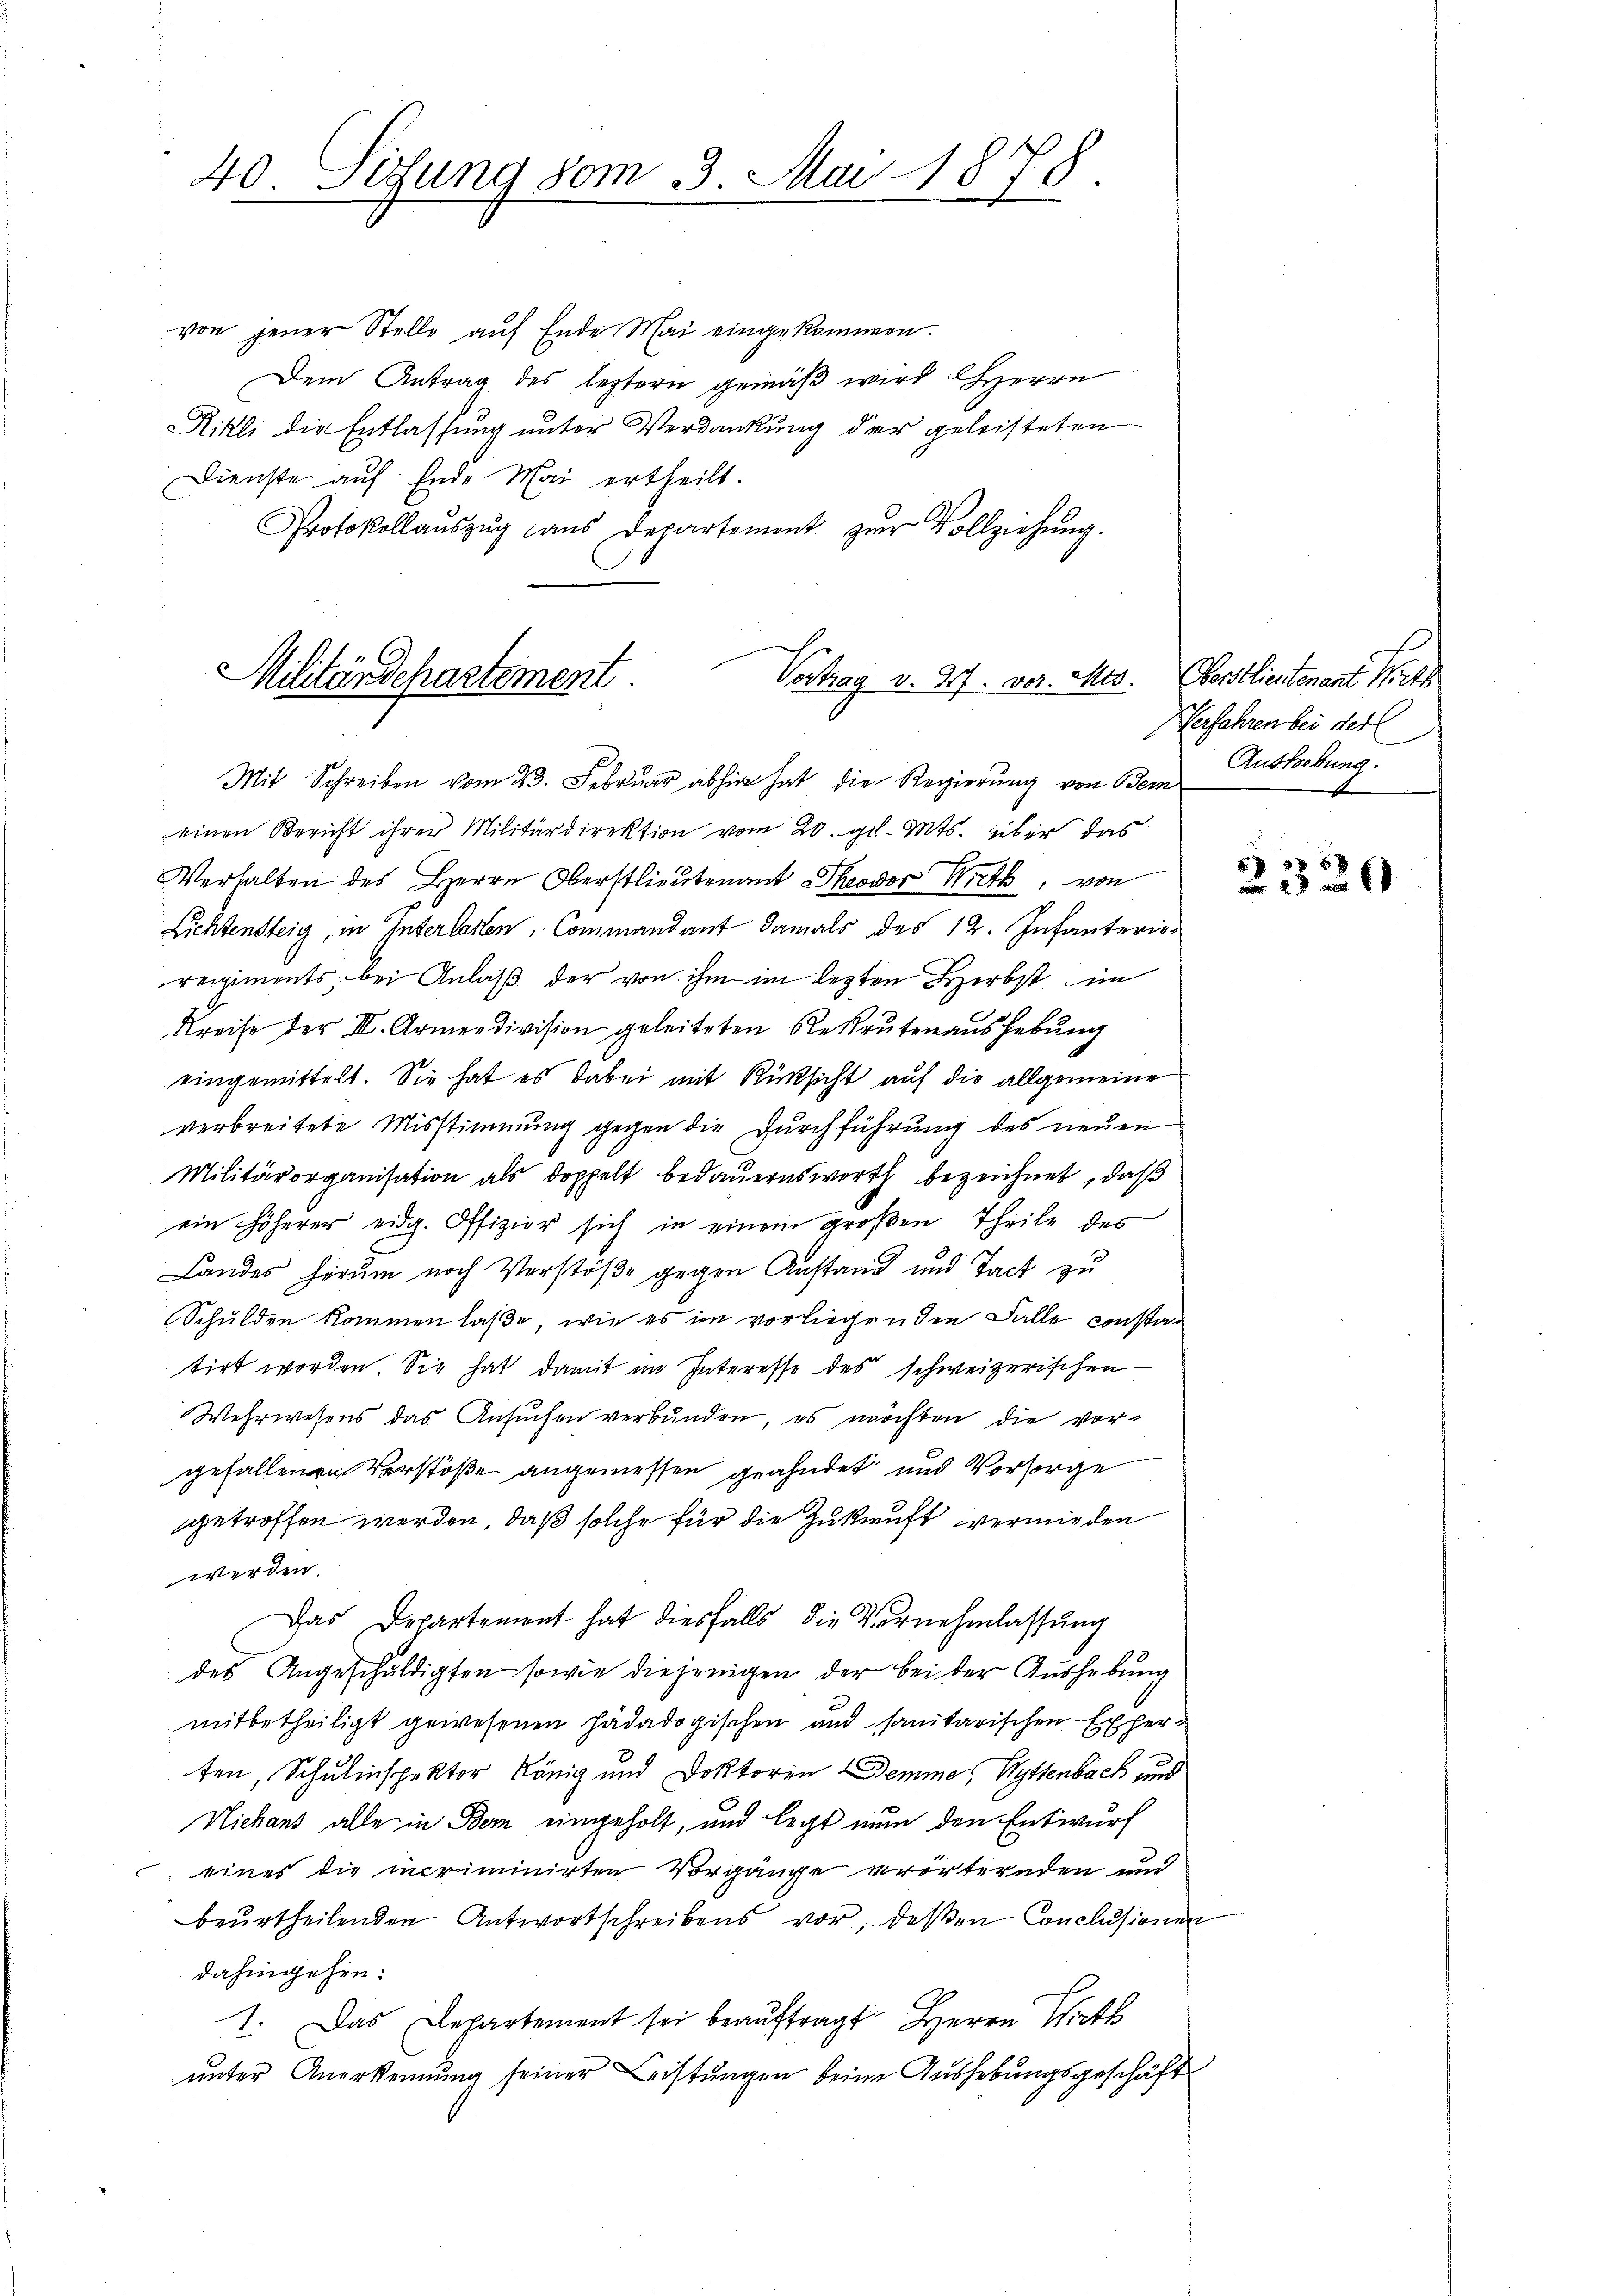
40 Sizung vom 3. Mai 1878.

von jener Stelle auf Ende Mai eingekommen.
Dem Antrag des leztern gemäß wird HHerrn
Rikli die Entlassung unter Verdankung der geleisteten
Dienste auf Ende Mai ertheilt.
Protokollaŭszŭg aŭs Departement zŭr Vollziehŭng.
Militärdepartement.
Vortrag v. 27. vor. Mts. Oberstlieutenant Wirts

Mit Schreiben vom 23. Februar abhin hat die Regierung von Bern
einen Bericht ihrer Militärdirektion vom 20. gl. Mts. über das
Verhalten des Herrn Oberstlieutenant Theodor Wirt, von
Lichtensteig, in Interlasten, Commandant damals des 12. Infanterie-
reigiments bei Anlaß der von ihm im lezten Herbst im
Kreise der III. Armeedivision geleiteten Rekrutenaushebŭng
eingemittelt. Sie hat es dabei mit Rücksicht auf die allgemeine
verbreitete Misstimmung gegen die Durchführung des neuen
Militärorganisation als doppelt bedauernswerth bezeichnet, daß
ein höherer eidg. Offizier sich in einem großen Theile des
Landes herum noch Verstöße gegen Anstand und Tact zu
Schulden kommen laße, wie es im vorliegenden Falle constan
tirt worden. Sie hat damit im Interesse des schweizerischen
Wehrwesens das Ansuchen verbunden, es möchten die vorgefallenen Verstöße angemessen geahndet und Vorsorge
getroffen werden, daß solche für die Zukunft vermieden
werden.
Das Departement hat diesfalls die Vornehmlassung
des Angeschuldigten sowie diejenigen der bei der Aushebung
mitbetheiligt gewesenen hädadogischen und sanitarischen Exherten, Schulinspektor König und Doktoren Demme, Wyttenbach und
Niehans alle in Bern eingeholt, und legt nun den Entwurf
eines die incriminirten Vorgänge vorternden und
beŭrtheilenden Antwortschreibens vor, deβen Conclusionen
dahingehen:
1. Das Departement sei beaŭftragt Herrn Wirk
unter Anerkennung seiner Leistungen beim Aushebungsgeschäft

Herfahren bei der
Aushebung.

20 x